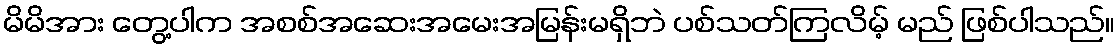
မိမိအား တွေ့ပါက အစစ်အဆေးအမေးအမြန်းမရှိဘဲ ပစ်သတ်ကြလိမ့် မည် ဖြစ်ပါသည်။